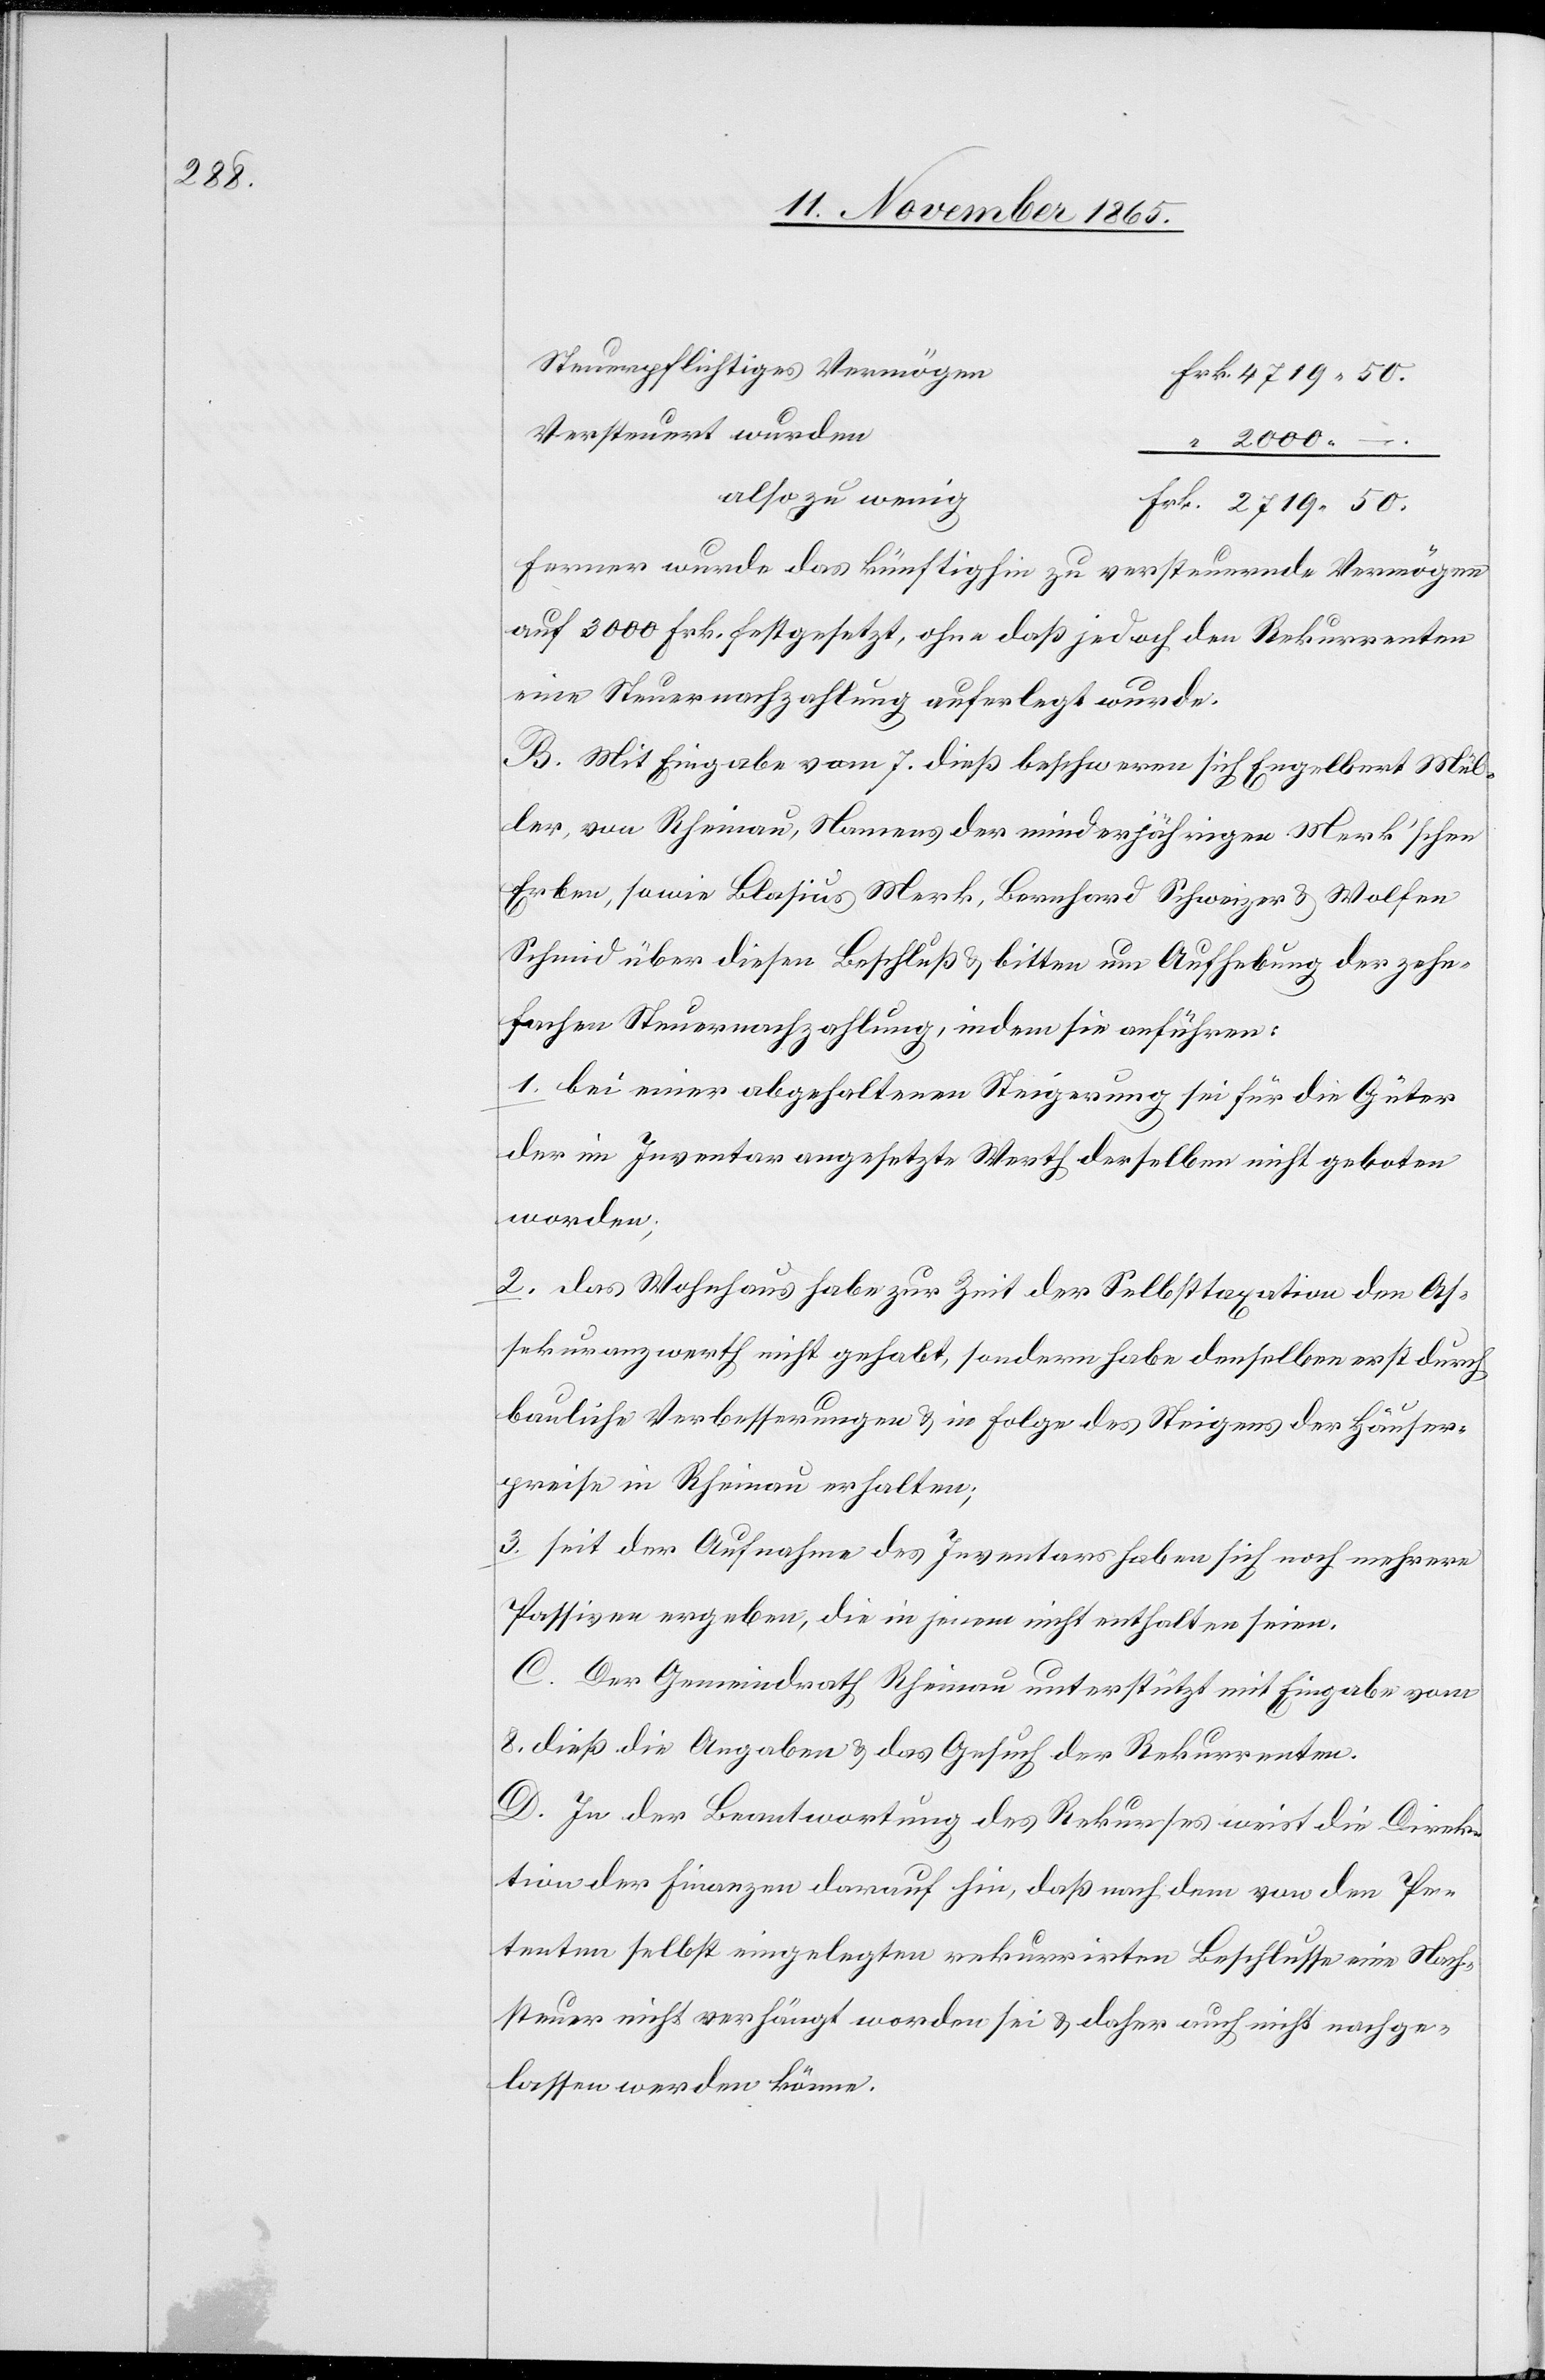
2719.50.

Steuerpflichtiges Vermögen
Versteuert wurden
2000.–.
also zu wenig
Ferner wurde das künftige zu versteuernde Vermögen
auf 3000 Frk, festgesetzt, ohne daß jedoch den Rekurrenten
eine Steuernachzahlung auferlegt wurde.
B. Mit Eingabe vom 7. dieß beschweren sich Engelbert Mül¬
ler, von Rheinau, Namens der minderjährigen Merk’schen
Erben, sowie Blasius Merk, Bernhard Schweizer & Wolfen
Schmid über diesen Beschluß & bitten um Aufhebung der zehn¬
fachen Steuernachzahlung, indem sie anführen:
1. bei einer abgehaltenen Steigerung sei für die Güter
der im Inventar angesetzte Werth derselben nicht geboten
worden;
2. das Wohnhaus habe zur Zeit der Selbsttaxation den As¬
sekuranzwerth nicht gehabt, sondern habe denselben erst durch
bauliche Verbesserungen & in Folge des Steigens der Häuser¬
preise in Rheinau erhalten;
3. seit der Aufnahme des Inventars haben sich noch mehrere
Passiven ergeben, die in jenem nicht enthalten seien.
C. Der Gemeindrath Rheinau unterstützt mit Eingabe vom
8. dieß die Angaben & das Gesuch der Rekurrenten.
D. In der Beantwortung des Rekurses weist die Direk¬
tion der Finanzen darauf hin, daß nach dem von den Pe¬
tenten selbst eingelegten rekurrirten Beschlusse eine Nach¬
steuer nicht verhängt worden sei & daher auch nichts nachge¬
lassen werden könne.